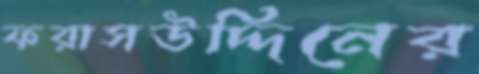
ফরাসউদ্দিনের